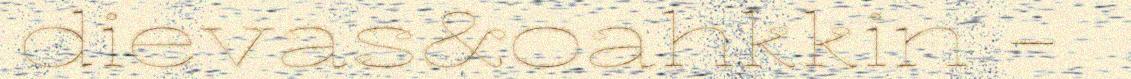
dievas&oahkkin -